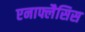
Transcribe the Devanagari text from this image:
एनाफ्लैसिस